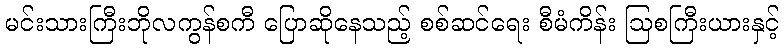
မင်းသားကြီးဘိုလကွန်စကီ ပြောဆိုနေသည့် စစ်ဆင်ရေး စီမံကိန်း ဩစကြီးယားနှင့်